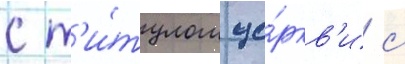
с т'и́тулом це́ркв'и с